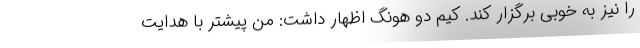
را نیز به خوبی برگزار کند. کیم دو هونگ اظهار داشت: من پیشتر با هدایت